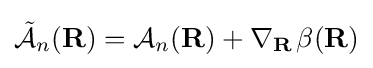
{\tilde {\mathcal {A}}}_{n}(\mathbf {R} )={\mathcal {A}}_{n}(\mathbf {R} )+\nabla _{\mathbf {R} \,}\beta (\mathbf {R} )